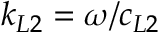
k _ { L 2 } = \omega / c _ { L 2 }